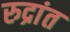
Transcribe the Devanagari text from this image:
रुद्रांत